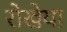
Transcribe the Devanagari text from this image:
रोखेया